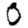
Digit: 0